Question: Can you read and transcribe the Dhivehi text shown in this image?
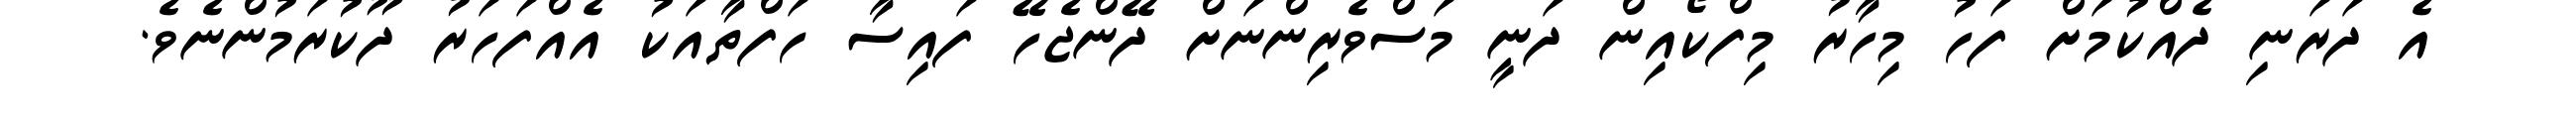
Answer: އެ ދަރަނި ދެއްކުމަށް ފަހު މިހާރު މިފްކޯއިން ދަނީ މަސްވެރިންނަށް ދޭންޖެހޭ ފައިސާ ހަފްތާއަކު އެއްފަހަރު ދޫކުރަމުންނެވެ.